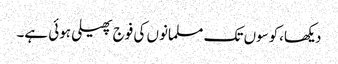
دیکھا،کوسوں تک مسلمانوں کی فوج پھیلی ہوئی ہے۔